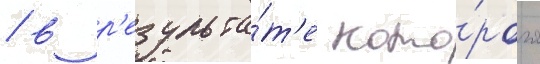
/ в р'езульта́т'е кото́рого